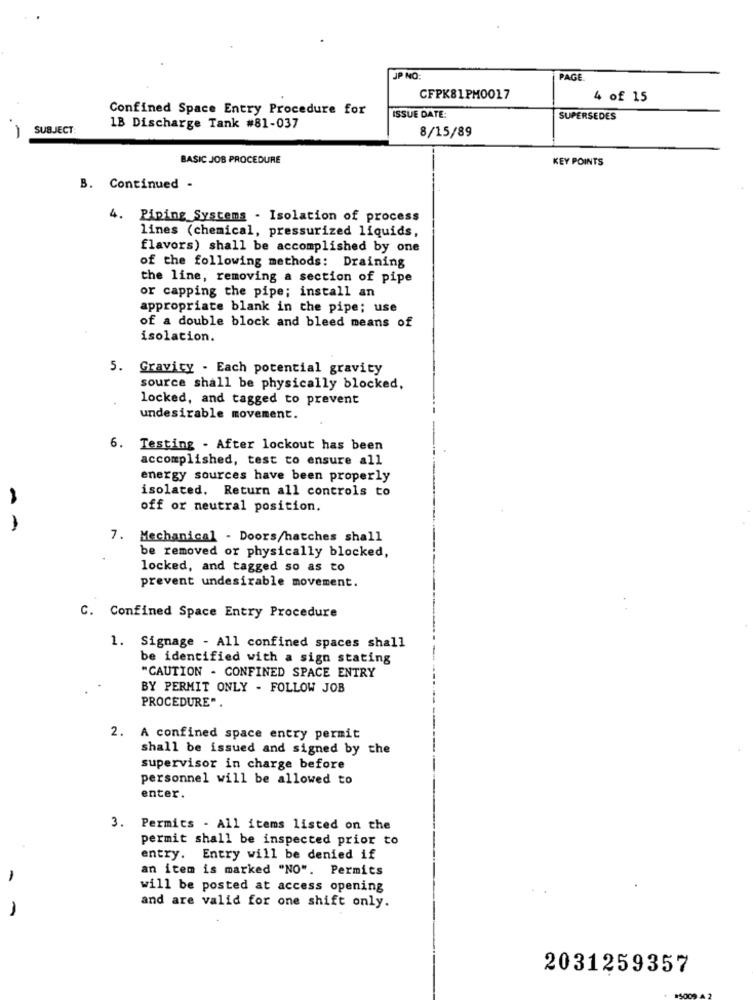
JP NO
PAGE
CFPK81PM0017
4 of 15
Confined Space Entry Procedure for
ISSUE DATE:
SUPERSEDES
SUBJECT:
1B Discharge Tank #81-037
8/15/89
BASIC JOB PROCEDURE
KEY POINTS
B. Continued -
4. Piping Systems - Isolation of process
lines (chemical, pressurized liquids,
flavors) shall be accomplished by one
of the following methods: Draining
the line, removing a section of pipe
or capping the pipe; install an
appropriate blank in the pipe; use
of a double block and bleed means of
isolation.
5. Gravity - Each potential gravity
source shall be physically blocked,
locked, and tagged to prevent
undesirable movement.
6. Testing . After lockout has been
accomplished, test to ensure all
energy sources have been properly
isolated. Return all controls to
off or neutral position.
- -
7. Mechanical - Doors/hatches shall
be removed or physically blocked,
locked, and tagged so as to
prevent undesirable movement.
C. Confined Space Entry Procedure
1. Signage - All confined spaces shall
be identified with a sign stating
"CAUTION - CONFINED SPACE ENTRY
BY PERMIT ONLY - FOLLOW JOB
PROCEDURE"
2. A confined space entry permit
shall be issued and signed by the
supervisor in charge before
personnel will be allowed to
enter.
3. Permits - All items listed on the
permit shall be inspected prior to
entry. Entry will be denied if
an item is marked "NO". Permits
-
will be posted at access opening
-
and are valid for one shift only.
2031259357